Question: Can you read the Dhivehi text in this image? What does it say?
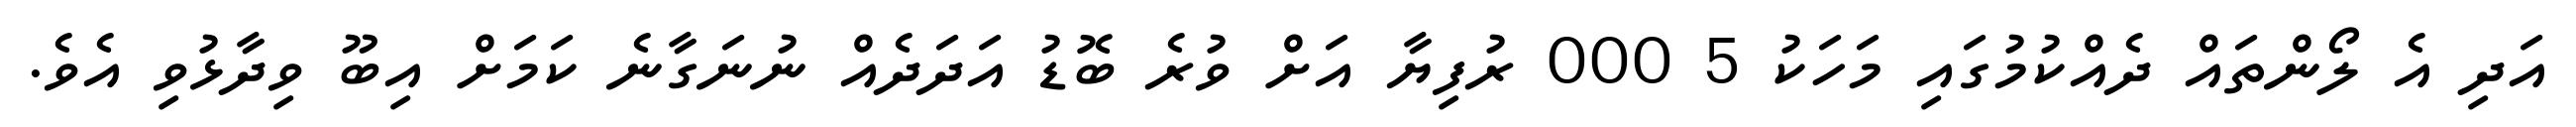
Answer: އަދި އެ ލޯންތައް ދެއްކުމުގައި މަހަކު 5 000 ރުފިޔާ އަށް ވުރެ ބޮޑު އަދަދެއް ނުނަގާނެ ކަމަށް އިބޫ ވިދާޅުވި އެވެ.